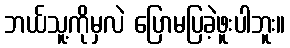
ဘယ်သူ့ကိုမှလဲ ပြောမပြခဲ့ဖူးပါဘူး။